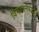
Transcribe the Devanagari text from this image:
विभाजनपद्धति